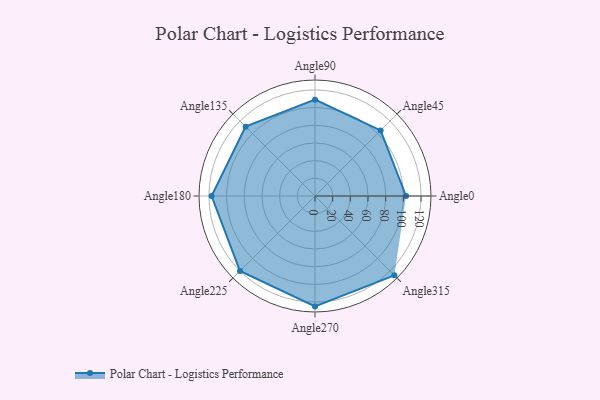
{"axis": {"x": "Angle", "y": "Radius"}, "legend": [""], "data": [{"x": "Angle0", "y": 103.0, "type": ""}, {"x": "Angle45", "y": 105.0, "type": ""}, {"x": "Angle90", "y": 109.0, "type": ""}, {"x": "Angle135", "y": 111.0, "type": ""}, {"x": "Angle180", "y": 117.0, "type": ""}, {"x": "Angle225", "y": 120.0, "type": ""}, {"x": "Angle270", "y": 125.0, "type": ""}, {"x": "Angle315", "y": 127.0, "type": ""}]}